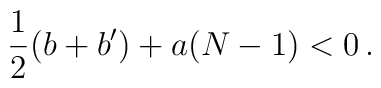
\frac12(b+b')+a(N-1)<0\,.